Civil Veterinary Dept. Bombay admin report 1893-99 - 1893-1899
Year: 1893
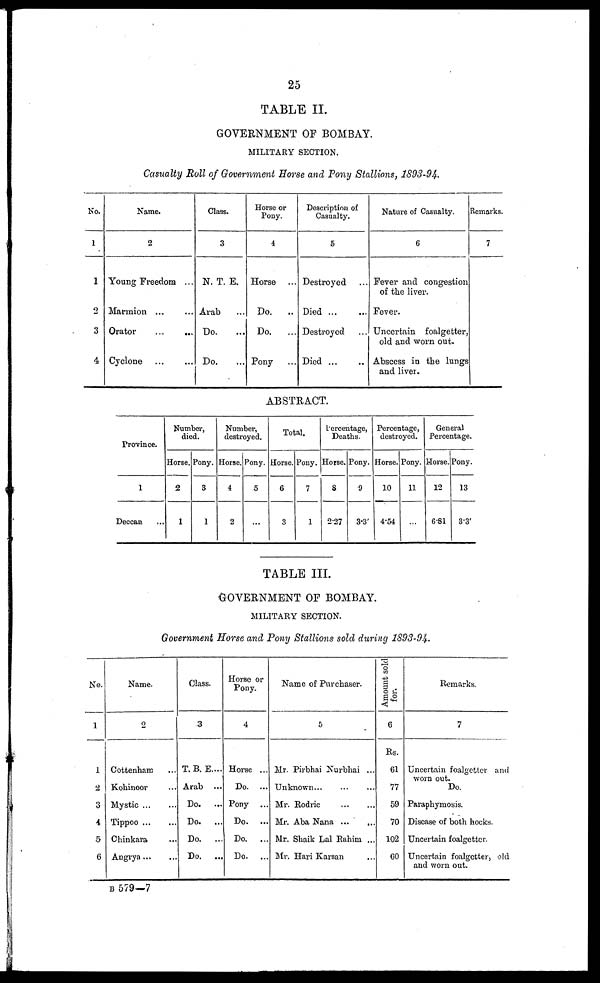
25
TABLE II.
GOVERNMENT OF BOMBAY.
MILITARY SECTION.
Casualty Roll of Government Horse and Pony Stallions, 1893-94.
No.
1
1
2
3
4
Name.
2
Young Freedom ...
Marmion ... ...
Orator ... ...
Cyclone
...
...
Class.
3
N. T. E.
Arab ...
Do. ...
Do. ...
Horse or
Pony.
4
Horse ...
Do.
..
Do.
...
Pony ...
Description of
Casualty.
5
Destroyed ...
Died
...
...
Destroyed ...
Died
...
...
Nature of Casualty.
6
Fever and congestion
of the liver.
Fever.
Uncertain
foalgetter,
old and worn out.
Abscess in the lungs
and liver.
Remarks.
7
ABSTRACT.
Province.
1
Deccan ...
Number,
died.
Horse.
2
1
Pony.
3
1
Number,
destroyed.
Horse.
4
2
Pony.
5
...
Total.
Horse.
6
3
Pony.
7
1
Percentage,
Deaths.
Horse.
8
2.27
Pony.
9
3.3'
Percentage,
destroyed.
Horse.
10
4.54
Pony.
11
...
General
Percentage.
Morse.
12
6.81
Pony.
13
3.3'
TABLE III.
GOVERNMENT OF BOMBAY.
MILITARY SECTION.
Government Horse and Pony Stallions sold during 1893-94.
No.
1
1
2
3
4
5
6
Name.
2
Cottenham ...
Kohinoor ...
Mystic
Tippoo
...
...
Chinkara ...
Angrya
...
...
Glass.
3
T. B. E....
Arab
...
Do.
...
Do.
...
Do.
...
Do.
...
Horse or
Pony.
4
Horse ...
Do. ...
Pony
Do.
...
Do.
...
Do.
...
Name of Purchaser.
5
Mr. Pirbhai Nurbhai ...
Unknown... ... ...
Mr.
Rodric
...
...
Mr. Aba Nana ...
...
Mr. Shaik Lal Rahim ...
Mr. Hari Karsan ...
Amount sold
for.
6
Rs.
61
77
59
70
102
60
Remarks.
7
Uncertain foalgetter and
worn out.
Do.
Paraphymosis.
Disease of both hocks.
Uncertain foalgetter.
Uncertain foalgetter, old
and worn out.
B 579—7